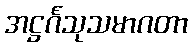
အဋ္ဌင်္ဂသုသမာဂတာ